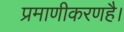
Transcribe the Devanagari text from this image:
प्रमाणीकरणहै।